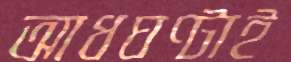
আধঘণ্টাই